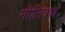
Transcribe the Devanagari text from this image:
गोलिक्थ